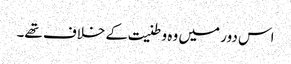
اس دور میں وہ وطنیت کے خلاف تھے۔